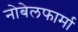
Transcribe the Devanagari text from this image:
नोबेलफार्मा